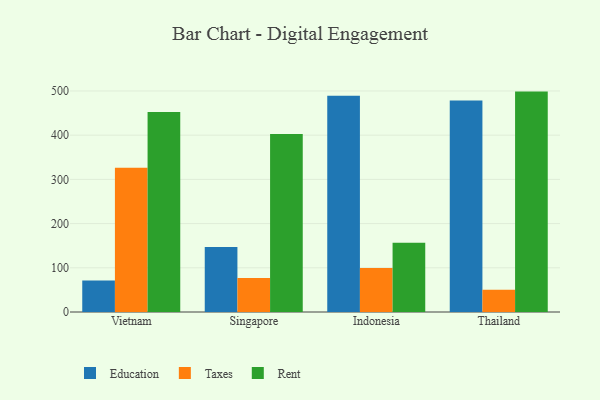
{"axis": {"x": "Country", "y": "Net Income (USD K)"}, "legend": ["Education", "Rent", "Taxes"], "data": [{"x": "Vietnam", "y": 71.2, "type": "Education"}, {"x": "Vietnam", "y": 326.4, "type": "Taxes"}, {"x": "Vietnam", "y": 452.5, "type": "Rent"}, {"x": "Singapore", "y": 147.1, "type": "Education"}, {"x": "Singapore", "y": 77.1, "type": "Taxes"}, {"x": "Singapore", "y": 402.5, "type": "Rent"}, {"x": "Indonesia", "y": 489.4, "type": "Education"}, {"x": "Indonesia", "y": 99.5, "type": "Taxes"}, {"x": "Indonesia", "y": 156.7, "type": "Rent"}, {"x": "Thailand", "y": 478.5, "type": "Education"}, {"x": "Thailand", "y": 50.2, "type": "Taxes"}, {"x": "Thailand", "y": 498.6, "type": "Rent"}]}